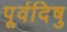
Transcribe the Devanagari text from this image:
पूर्वदिषु